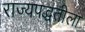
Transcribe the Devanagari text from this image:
राज्यपद्धतीला